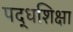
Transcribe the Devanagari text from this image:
पद्धशिक्षा